Report on vaccination in Madras 1895-1903 - 1895-1903
Year: 1895
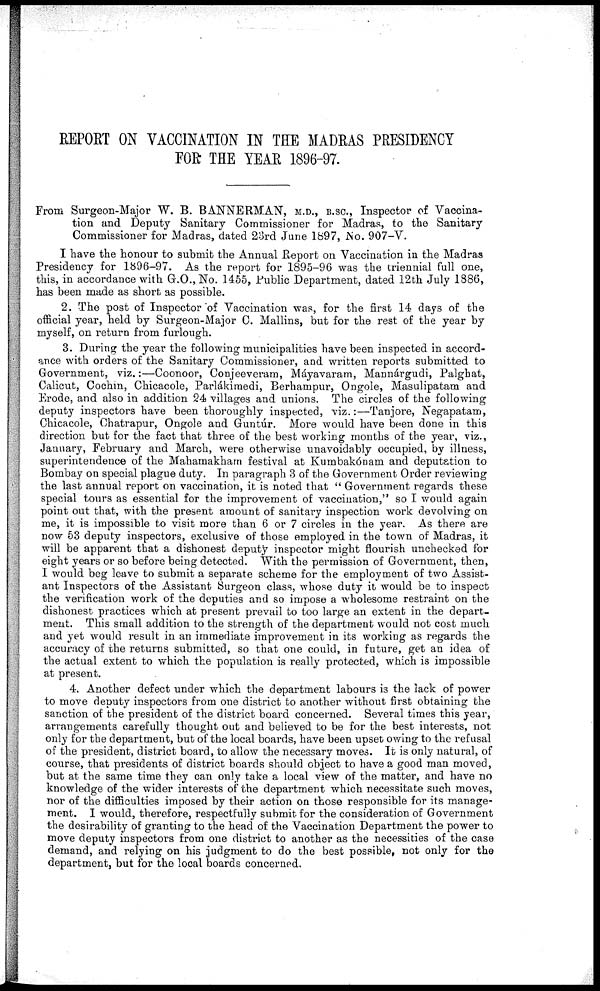
REPORT ON VACCINATION IN THE MADRAS PRESIDENCY
FOR THE YEAR 1896-97.
From Surgeon-Major W. B. BANNERMAN, M.D., B.SC., Inspector of Vaccina-
tion and Deputy Sanitary Commissioner for Madras, to the Sanitary
Commissioner for Madras, dated 23rd June 1897, NO. 907-V.
I have the honour to submit the Annual Report on Vaccination in the Madras
Presidency for 1896-97. As the report for 1895-96 was the triennial full one,
this, in accordance with G.O.,No. 1455, Public Department, dated 12th July 1886,
has been made as short as possible.
2. The post of Inspector of Vaccination was, for the first 14 days of the
official year, held by Surgeon-Major C. Mallins, but for the rest of the year by
myself, on return from furlough.
3. During the year the following municipalities have been inspected in accord-
ance with orders of the Sanitary Commissioner, and written reports submitted to
Government, viz.:—Coonoor, Conjeeveram, Máyavaram, Mannárgudi, Palghat,
Calicut, Cochin, Chicacole, Parlákimedi, Berhampur, Ongole, Masulipatam and
Erode, and also in addition 24 villages and unions. The circles of the following
deputy inspectors have been thoroughly inspected, viz.:—Tanjore, Negapatam,
Chicacole, Chatrapur, Ongole and Guntúr. More would have been done in this
direction but for the fact that three of the best working months of the year, viz.,
January, February and March, were otherwise unavoidably occupied, by illness,
superintendence of the Mahamakham festival at Kumbakónam and deputation to
Bombay on special plague duty. In paragraph 3 of the Government Order reviewing
the last annual report on vaccination, it is noted that " Government regards these
special tours as essential for the improvement of vaccination," so I would again
point out that, with the present amount of sanitary inspection work devolving on
me, it is impossible to visit more than 6 or 7 circles in the year. As there are
now 53 deputy inspectors, exclusive of those employed in the town of Madras, it
will be apparent that a dishonest deputy inspector might flourish unchecked for
eight years or so before being detected. With the permission of Government, then,
I would beg leave to submit a separate scheme for the employment of two Assist-
ant Inspectors of the Assistant Surgeon class, whose duty it would be to inspect
the verification work of the deputies and so impose a wholesome restraint on the
dishonest practices which at present prevail to too large an extent in the depart-
ment. This small addition to the strength of the department would not cost much
and yet would result in an immediate improvement in its working as regards the
accuracy of the returns submitted, so that one could, in future, get an idea of
the actual extent to which the population is really protected, which is impossible
at present.
4. Another defect under which the department labours is the lack of power
to move deputy inspectors from one district to another without first obtaining the
sanction of the president of the district board concerned. Several times this year,
arrangements carefully thought out and believed to be for the best interests, not
only for the department, but of the local boards, have been upset owing to the refusal
of the president, district board, to allow the necessary moves. It is only natural, of
course, that presidents of district boards should object to have a good man moved,
but at the same time they can only take a local view of the matter, and have no
knowledge of the wider interests of the department which necessitate such moves,
nor of the difficulties imposed by their action on those responsible for its manage-
ment. I would, therefore, respectfully submit for the consideration of Government
the desirability of granting to the head of the Vaccination Department the power to
move deputy inspectors from one district to another as the necessities of the case
demand, and relying on his judgment to do the best possible, not only for the
department, but for the local boards concerned.